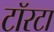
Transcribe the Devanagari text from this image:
टॉरटा